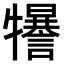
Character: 𤜈